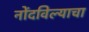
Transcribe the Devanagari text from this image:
नोंदविल्याचा